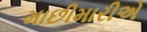
માછીમારીએ